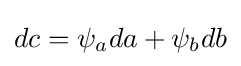
dc=\psi _{a}da+\psi _{b}db